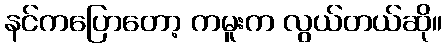
နင်ကပြောတော့ ကမူးက လွယ်တယ်ဆို။